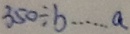
3 5 0 \div b \cdots a